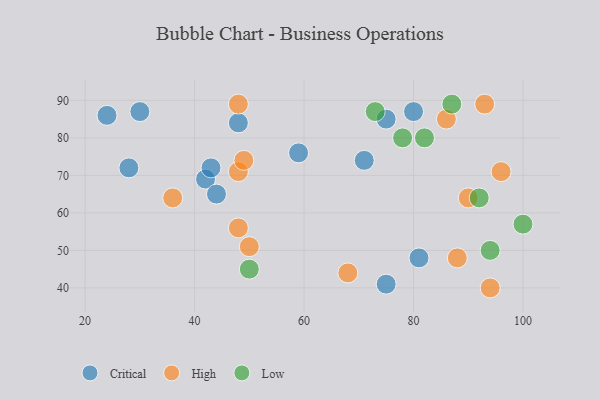
{"axis": {"x": "GDP", "y": "Life Expectancy"}, "legend": ["Critical", "High", "Low"], "data": [{"x": "42", "y": 69, "type": "Critical"}, {"x": "30", "y": 87, "type": "Critical"}, {"x": "43", "y": 72, "type": "Critical"}, {"x": "28", "y": 72, "type": "Critical"}, {"x": "75", "y": 85, "type": "Critical"}, {"x": "81", "y": 48, "type": "Critical"}, {"x": "48", "y": 84, "type": "Critical"}, {"x": "75", "y": 41, "type": "Critical"}, {"x": "59", "y": 76, "type": "Critical"}, {"x": "24", "y": 86, "type": "Critical"}, {"x": "71", "y": 74, "type": "Critical"}, {"x": "44", "y": 65, "type": "Critical"}, {"x": "80", "y": 87, "type": "Critical"}, {"x": "96", "y": 71, "type": "High"}, {"x": "90", "y": 64, "type": "High"}, {"x": "48", "y": 71, "type": "High"}, {"x": "49", "y": 74, "type": "High"}, {"x": "88", "y": 48, "type": "High"}, {"x": "86", "y": 85, "type": "High"}, {"x": "48", "y": 56, "type": "High"}, {"x": "68", "y": 44, "type": "High"}, {"x": "93", "y": 89, "type": "High"}, {"x": "94", "y": 40, "type": "High"}, {"x": "50", "y": 51, "type": "High"}, {"x": "48", "y": 89, "type": "High"}, {"x": "36", "y": 64, "type": "High"}, {"x": "73", "y": 87, "type": "Low"}, {"x": "94", "y": 50, "type": "Low"}, {"x": "100", "y": 57, "type": "Low"}, {"x": "82", "y": 80, "type": "Low"}, {"x": "50", "y": 45, "type": "Low"}, {"x": "87", "y": 89, "type": "Low"}, {"x": "92", "y": 64, "type": "Low"}, {"x": "78", "y": 80, "type": "Low"}]}